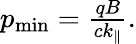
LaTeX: \begin{array}{r}{p_{\mathrm{min}}=\frac{qB}{ck_{\parallel}}.}\end{array}